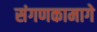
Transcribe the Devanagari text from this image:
संगणकामागे